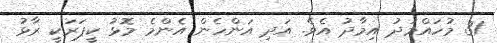
31 މުހައްމަދު އިމާދު އެވެ. އަދި އަންހެން އެންމެ މޮޅު ކީޕަރަކީ ރާޅު